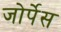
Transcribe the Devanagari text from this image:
जोर्पेस